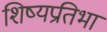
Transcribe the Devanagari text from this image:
शिष्यप्रतिभा